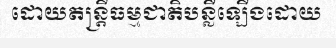
ដោយតន្ត្រីធម្មជាតិបន្លឺឡើងដោយ